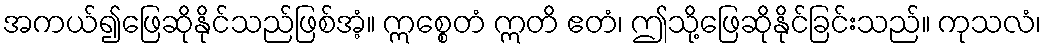
အကယ်၍ဖြေဆိုနိုင်သည်ဖြစ်အံ့။ ဣစ္စေတံ ဣတိ ဧတံ၊ ဤသို့ဖြေဆိုနိုင်ခြင်းသည်။ ကုသလံ၊